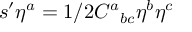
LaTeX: s ^ { \prime } \eta ^ { a } = 1 / 2 C ^ { a } { } _ { b c } \eta ^ { b } \eta ^ { c }